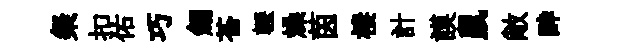
粲扣佑巧劒苍轣燥茵棲計謨鼠敞酔